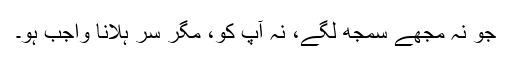
جو نہ مجھے سمجھ لگے، نہ آپ کو، مگر سر ہلانا واجب ہو۔